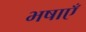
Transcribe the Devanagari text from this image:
भषाएँ